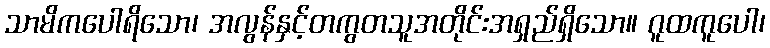
သာမိကပေါရိသော၊ အလွန်နှင့်တကွတသူအတိုင်းအရှည်ရှိသော။ ဂူထကူပေါ၊